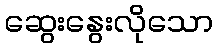
ဆွေးနွေးလိုသော